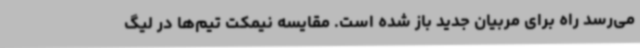
می‌رسد راه برای مربیان جدید باز شده است. مقایسه نیمکت تیم‌ها در لیگ